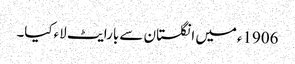
1906ءمیں انگلستان سے بارایٹ لاءکیا۔